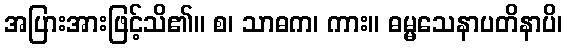
အပြားအားဖြင့်သိ၏။ စ၊ သာဓက၊ ကား။ ဓမ္မသေနာပတိနာပိ၊